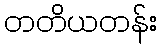
တတိယတန်း